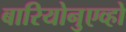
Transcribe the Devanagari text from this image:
बारियोनुएव्हो